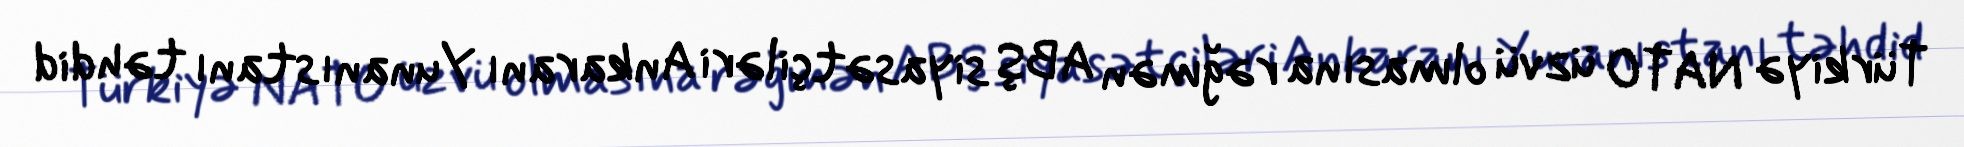
Türkiyə NATO üzvü olmasına rəğmən ABŞ siyasətçiləri Ankaranı Yunanıstanı təhdid